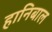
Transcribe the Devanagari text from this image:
हानिबाल